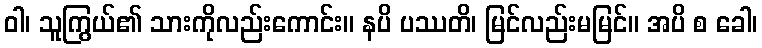
ဝါ၊ သူကြွယ်၏ သားကိုလည်းကောင်း။ နပိ ပဿတိ၊ မြင်လည်းမမြင်။ အပိ စ ခေါ၊